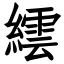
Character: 繧